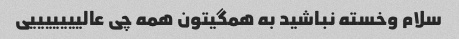
سلام وخسته نباشید به همگیتون همه چی عالیییییییی